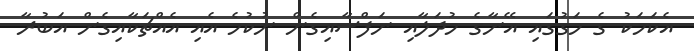
އެކަމަކު ގެ މަގުގައި އޭނާގެ މުދަލާއި ނަފްސާއިގެން ނުކުމެ އެއި އެއްޗަކާއިގެން އަބުރާ